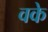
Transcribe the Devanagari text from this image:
वके